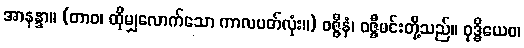
အာနန္ဒာ။ (တာဝ၊ ထိုမျှလောက်သော ကာလပတ်လုံး။) ဝဇ္ဇီနံ၊ ဝဇ္ဇီမင်းတို့သည်။ ဝုဒ္ဓိယေဝ၊